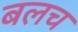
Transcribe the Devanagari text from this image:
बलच